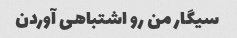
سیگار من رو اشتباهی آوردن